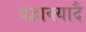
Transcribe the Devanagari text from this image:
यद्वाक्यादै